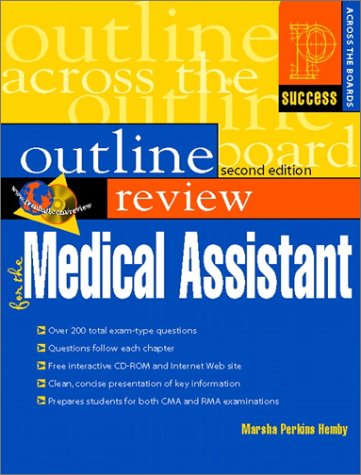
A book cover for Prentice Hall Health Outline Review for the Medical Assistant (2nd Edition); Marsha Perkins Hemby BA  RN  CMA; Medical Books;